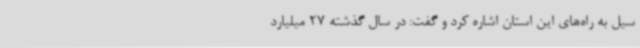
سیل به راه‌های این استان اشاره کرد و گفت: در سال گذشته 27 میلیارد